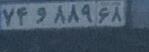
۷۴و۸۸۹۶۸